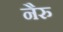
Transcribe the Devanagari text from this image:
नैरु